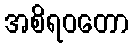
အစိရဝတော